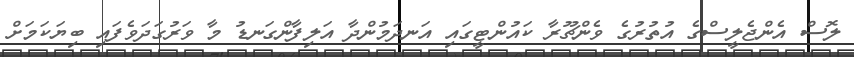
ލޮސް އެންޖެލީސްގެ އުތުރުގެ ވެންޗޫރާ ކައުންޓީގައި އަނދަމުންދާ އަލިފާންގަނޑު މާ ވަރުގަދަވެފައި ބިޔަކަމަށް